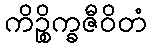
ကိဉ္စိက္ခဇီဝိတံ